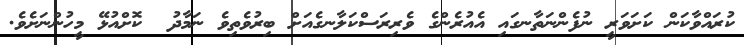
ކުރައްވާކަން ކަށަވަރީ ނުފެންނަތާނގައި އެއުރެންގެ ވެރިރަސްކަލާނގެއަށް ބިރުވެތިވެ ނަމާދު  ކޮށްއުޅޭ މީހުންނަށެވެ.